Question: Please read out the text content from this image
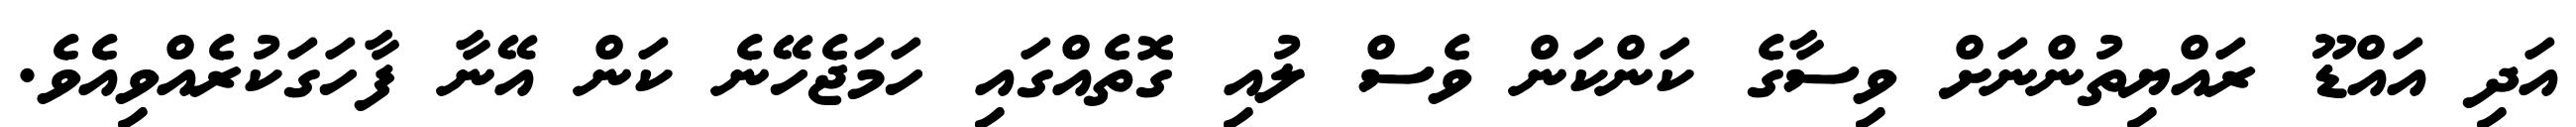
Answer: އަދި އައްޑޫ ރައްޔިތުންނަށް ވިސާގެ ކަންކަން ވެސް ލުއި ގޮތެއްގައި ހަމަޖެހޭނެ ކަން އޭނާ ފާހަގަކުރެއްވިއެވެ.